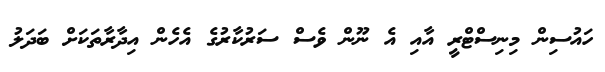
ހައުސިން މިނިސްޓްރީ އާއި އެ ނޫން ވެސް ސަރުކާރުގެ އެހެން އިދާރާތަކަށް ބަދަލު